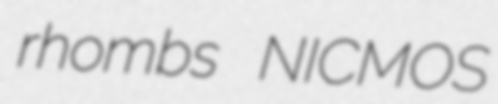
rhombs NICMOS